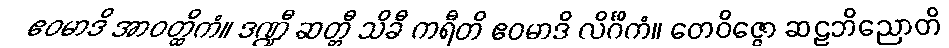
ဧဝမာဒိ အာဝတ္ထိကံ။ ဒဏ္ဍီ ဆတ္တီ သိခီ ကရီတိ ဧဝမာဒိ လိင်္ဂိကံ။ တေဝိဇ္ဇော ဆဠဘိညောတိ